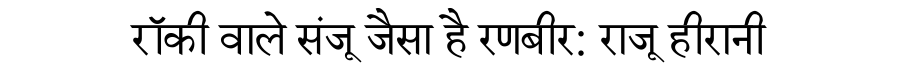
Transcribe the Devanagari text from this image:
रॉकी वाले संजू जैसा है रणबीर: राजू हीरानी